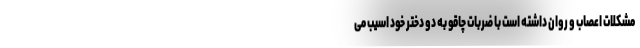
مشکلات اعصاب و روان داشته است با ضربات چاقو به دو دختر خود اسیب می